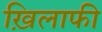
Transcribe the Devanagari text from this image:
ख़िलाफी